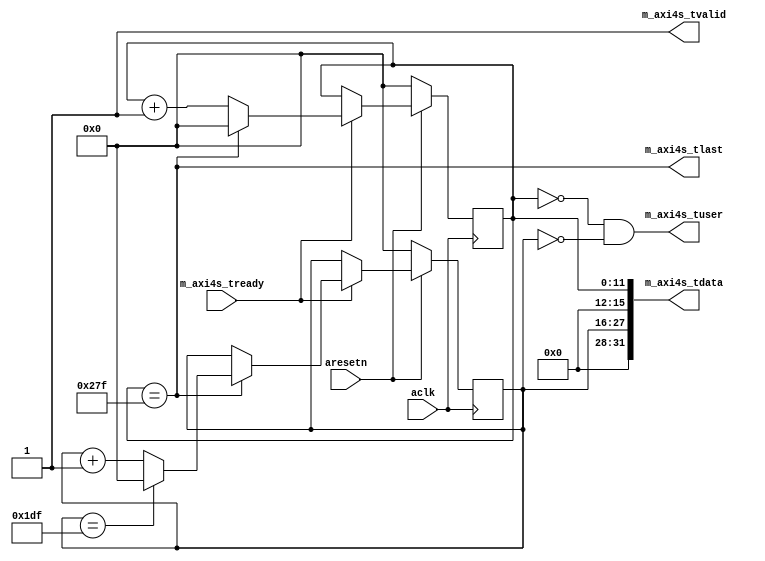
// pattern generator


`timescale 1ns / 1ps
`default_nettype none


module ptngen_axi4s
		#(
			parameter	AXI4S_DATA_WIDTH = 32,
			parameter	X_NUM            = 640,
			parameter	Y_NUM            = 480
		)
		(
			input	wire							aresetn,
			input	wire							aclk,
			
			output	wire	[0:0]					m_axi4s_tuser,
			output	wire							m_axi4s_tlast,
			output	wire	[AXI4S_DATA_WIDTH-1:0]	m_axi4s_tdata,
			output	wire							m_axi4s_tvalid,
			input	wire							m_axi4s_tready
		);
	
	wire		cke = (!m_axi4s_tvalid || m_axi4s_tready);
	
	reg		[11:0]		x;
	reg		[11:0]		y;
	always @(posedge aclk) begin
		if ( !aresetn ) begin
			x <= 0;
			y <= 0;
		end
		else if ( cke ) begin
			x <= x + 1;
			if ( x == (X_NUM-1) ) begin
				x <= 0;
				y <= y + 1;
				if ( y == (Y_NUM-1) ) begin
					y <= 0;
				end
			end
		end
	end
	
	assign m_axi4s_tuser = (x == 0) && (y == 0);
	assign m_axi4s_tlast = (x == X_NUM-1);
	assign m_axi4s_tdata[AXI4S_DATA_WIDTH/2-1:0] = x;
	assign m_axi4s_tdata[AXI4S_DATA_WIDTH-1:AXI4S_DATA_WIDTH/2] = y;
	assign m_axi4s_tvalid = 1'b1;
	
endmodule


`default_nettype wire


// end of file